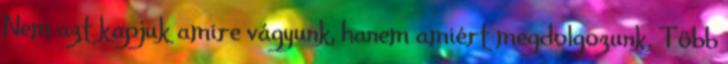
Nem azt kapjuk amire vágyunk, hanem amiért megdolgozunk. Több